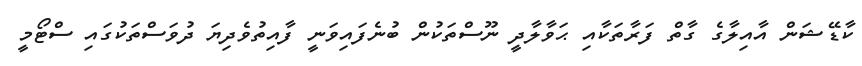
ކާޑޭޝަން އާއިލާގެ ގާތް ފަރާތަކާއި ޙަވާލާދީ ނޫސްތަކުން ބުނެފައިވަނީ ފާއިތުވެދިޔަ ދުވަސްތަކުގައި ސްޓޯމީ